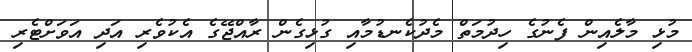
މުޅި މާލެއިން ފެނުގެ ހިދުމަތް މެދުކެނޑުމާއި ގުޅިގެން ރާއްޖޭގެ އެކުވެެރި އަދި އަވަށްޓެރި